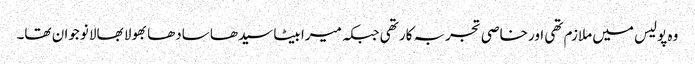
وہ پولیس میں ملازم تھی اور خاصی تجربہ کار تھی جبکہ میرا بیٹا سیدھا سادھا بھولا بھالا نوجوان تھا۔